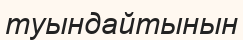
туындайтынын